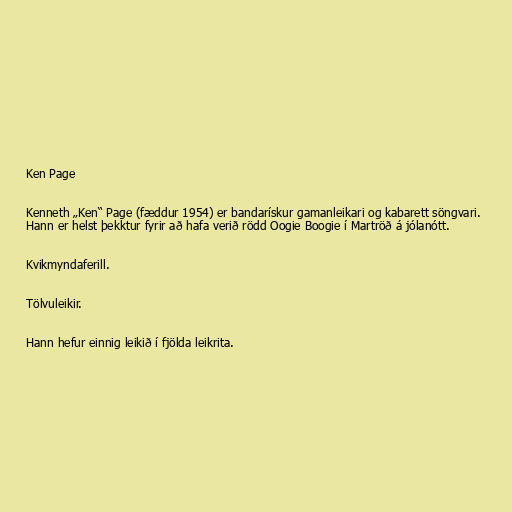
Ken Page

Kenneth „Ken“ Page (fæddur 1954) er bandarískur gamanleikari og kabarett söngvari.
Hann er helst þekktur fyrir að hafa verið rödd Oogie Boogie í Martröð á jólanótt.

Kvikmyndaferill.

Tölvuleikir.

Hann hefur einnig leikið í fjölda leikrita.